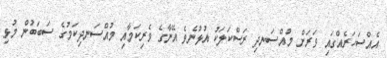
އެއްސަހަރެއްގައި ވަރަށް މުއްސަނދި ރަސްކަލަކު އުޅުނެވެ އޭނާގެ ވެރިކަމާއި މުއްސަނދިކަމުގެ ސަބަބުން މުޅި